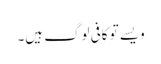
ویسے تو کافی لوگ ہیں۔